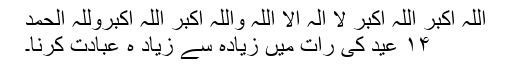
اللہ اکبر اللہ اکبر لا الہ الا اللہ واللہ اکبر اللہ اکبروللہ الحمد
۱۴ عید کی رات میں زیادہ سے زیاد ہ عبادت کرنا۔